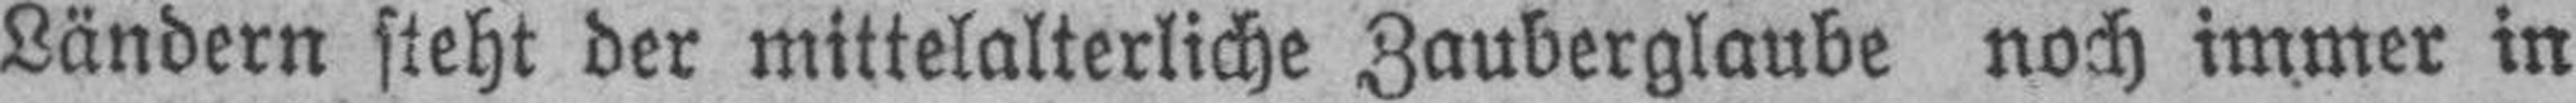
Ländern steht der mittelalterliche Zauberglaube noch immer in